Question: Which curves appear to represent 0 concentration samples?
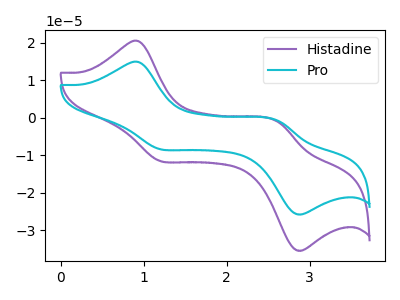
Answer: <think>The purple curve "Histadine" has anodic peaks at (0.95V, 20.45uA) (2.60V, -1.00uA) and cathodic peaks at (1.20V, -11.50uA) (2.85V, -35.30uA). The cyan curve "Pro" has anodic peaks at (0.95V, 14.90uA) (2.60V, -0.75uA) and cathodic peaks at (1.20V, -8.35uA) (2.85V, -25.70uA).</think>
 <answer>There are not any CV's on this graph that are likely to be blanks.</answer>
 <eval>none</eval>